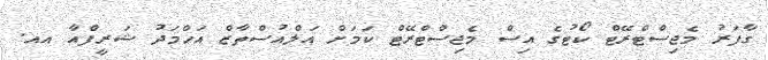
ގާފަރު މެޖިސްޓްރޭޓް ކޯޓުގެ އިސް މެޖިސްޓްރޭޓް ކަމަށް އަލްއުސްތާޒް އަހްމަދު ޝަރީފްއާ އއ.